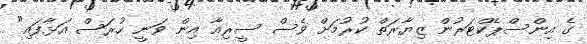
ގެ އިންސްޕެކްޓަރުން ޒިޔާރަތް ކުރުމަށް ވެސް ސީރިއާ އިން ވަނީ ހުރަސް އަޅާފައި"